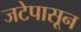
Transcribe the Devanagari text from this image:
जटेपासून